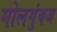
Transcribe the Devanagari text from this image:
गोलगुंबज